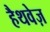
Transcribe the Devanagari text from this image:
हैथवेज़